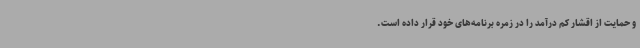
و حمایت از اقشار کم درآمد را در زمره برنامه‌های خود قرار داده است.